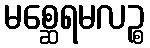
မစ္ဆေရမလဉ္စ